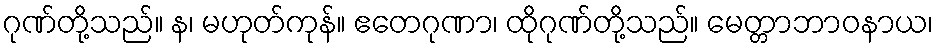
ဂုဏ်တို့သည်။ န၊ မဟုတ်ကုန်။ ဧတေဂုဏာ၊ ထိုဂုဏ်တို့သည်။ မေတ္တာဘာဝနာယ၊